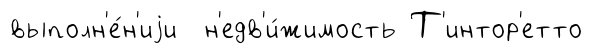
выполн'е́н'иjи н'едв'и́жимость Т'интор'етто